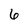
Character: 6